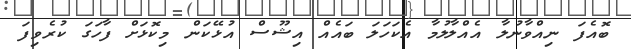
ބޮއެފަ ނިއްވާނުލާ އެއްލާލުމާ އެކަހަލަ ބައެއް އިޝޫސް އުޅޭކަން މިކޮޅަށް ފާހަގަ ކުރެވިފަ